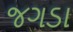
જગડા